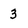
Character: 3